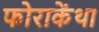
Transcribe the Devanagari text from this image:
फोराकेंथा